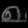
Digit: ၈